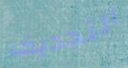
التجديف